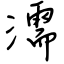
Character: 濡